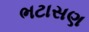
ભટાસણ